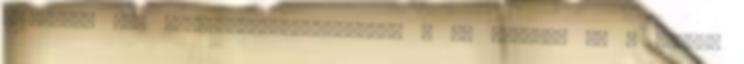
3410-3590 MHz frekvenciatartományban b 40 negyven db 5 MHz-es